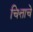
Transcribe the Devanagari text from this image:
चित्ताचे